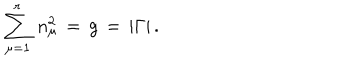
\sum _ { \mu = 1 } ^ { r } \, n _ { \mu } ^ { 2 } \, = \, g \, = \, | \Gamma | \, .